Indian journal of veterinary science and animal husbandry - Volume 10,
Year: 1940
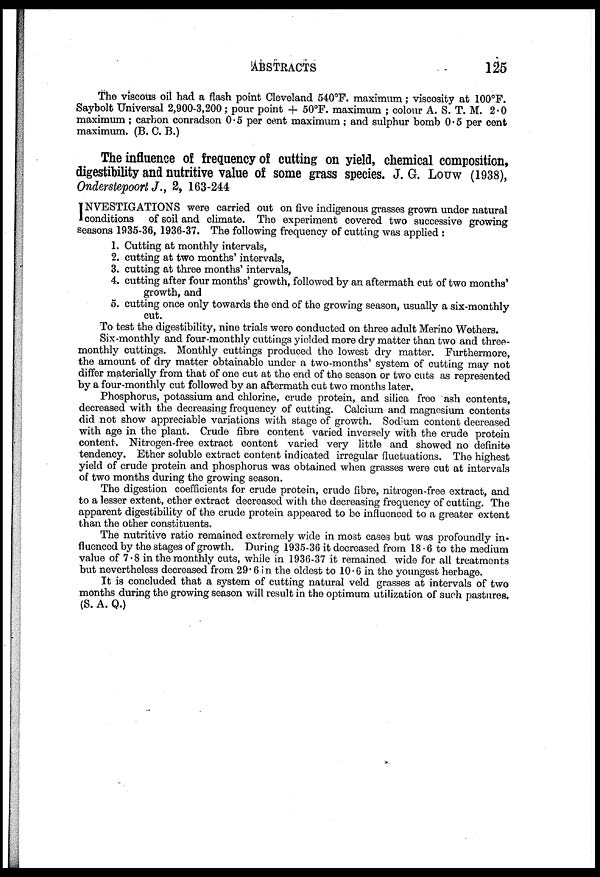
ABSTRACTS
125
The viscous oil had a flash point Cleveland 540°F. maximum; viscosity at 100°F.
Saybolt Universal 2,900-3,200; pour point + 50°F. maximum ; colour A. S. T. M. 2.0
maximum ; carbon conradson 0.5 per cent maximum ; and sulphur bomb 0.5 per cent
maximum. (B. C. B.)
The influence of frequency of cutting on yield, chemical composition,
digestibility and nutritive value of some grass species. J. G. Louw (1938),
Onderstepoort J., 2, 163-244
I NVESTIGATIONS were carried out on five indigenous grasses grown under natural
conditions of soil and climate. The experiment covered two successive growing
seasons 1935-36, 1936-37. The following frequency of cutting was applied :
1. Cutting at monthly intervals,
2. cutting at two months' intervals,
3. cutting at three months' intervals,
4. cutting after four months' growth, followed by an aftermath cut of two months'
growth, and
5. cutting once only towards the end of the growing season, usually a six-monthly
cut.
To test the digestibility, nine trials were conducted on three adult Merino Wethers.
Six-monthly and four-monthly cuttings yielded more dry matter than two and three-
monthly cuttings. Monthly cuttings produced the lowest dry matter. Furthermore,
the amount of dry matter obtainable under a two-months' system of cutting may not
differ materially from that of one cut at the end of the season or two cuts as represented
by a four-monthly cut followed by an aftermath cut two months later.
Phosphorus, potassium and chlorine, crude protein, and silica free ash contents,
decreased with the decreasing frequency of cutting. Calcium and magnesium contents
did not show appreciable variations with stage of growth. Sodium content decreased
with age in the plant. Crude fibre content varied inversely with the crude protein
content. Nitrogen-free extract content varied very little and showed no definite
tendency. Ether soluble extract content indicated irregular fluctuations. The highest
yield of crude protein and phosphorus was obtained when grasses were cut at intervals
of two months during the growing season.
The digestion coefficients for crude protein, crude fibre, nitrogen-free extract, and
to a lesser extent, ether extract decreased with the decreasing frequency of cutting. The
apparent digestibility of the crude protein appeared to be influenced to a greater extent
than the other constituents.
The nutritive ratio remained extremely wide in most cases but was profoundly in-
fluenced by the stages of growth. During 1935-36 it decreased from 18.6 to the medium
value of 7.8 in the monthly cuts, while in 1936-37 it remained wide for all treatments
but nevertheless decreased from 29.6 in the oldest to 10.6 in the youngest herbage.
It is concluded that a system of cutting natural veld grasses at intervals of two
months during the growing season will result in the optimum utilization of such pastures.
(S. A. Q.)